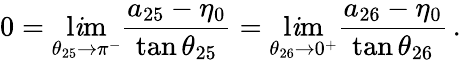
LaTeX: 0=\operatorname*{l\mathit{i}m}_{\theta_{25}\to\pi^{-}}\frac{{a_{25}-\eta_{0}}}{{\tan{\theta_{25}}}}=\operatorname*{l\mathit{i}m}_{\theta_{26}\to0^{+}}\frac{{a_{26}-\eta_{0}}}{{\tan{\theta_{26}}}}\, .